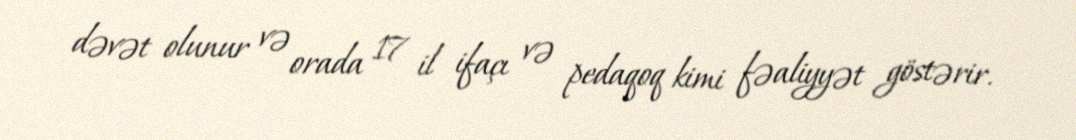
dəvət olunur və orada 17 il ifaçı və pedaqoq kimi fəaliyyət göstərir.